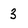
Character: 3